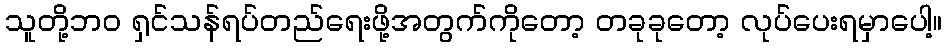
သူတို့ဘဝ ရှင်သန်ရပ်တည်ရေးဖို့အတွက်ကိုတော့ တခုခုတော့ လုပ်ပေးရမှာပေါ့။